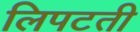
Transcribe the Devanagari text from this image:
लिपटती